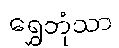
ရွှေဘုံသာ